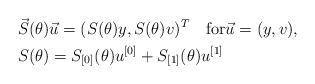
LaTeX: \begin{align*}&\vec{S}(\theta)\vec{u}=(S(\theta)y, S(\theta)v)^T\quad\mbox{for}\vec{u}=(y,v), \\&S(\theta)=S_{[0]}(\theta)u^{[0]}+S_{[1]}(\theta)u^{[1]}\end{align*}